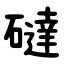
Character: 䃮